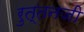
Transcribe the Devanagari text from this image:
रुत्तनजी